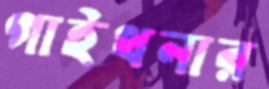
গাইথনার